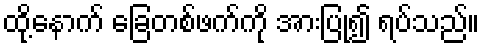
ထို့နောက် ခြေတစ်ဖက်ကို အားပြု၍ ရပ်သည်။